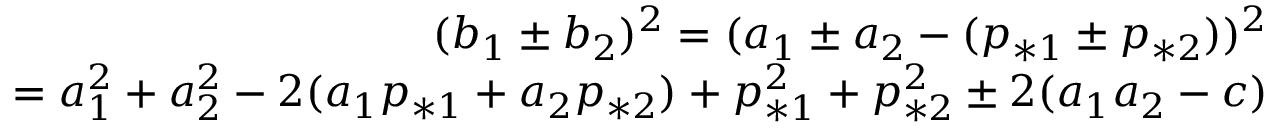
\begin{array} { r } { ( b _ { 1 } \pm b _ { 2 } ) ^ { 2 } = ( a _ { 1 } \pm a _ { 2 } - ( p _ { * 1 } \pm p _ { * 2 } ) ) ^ { 2 } } \\ { = a _ { 1 } ^ { 2 } + a _ { 2 } ^ { 2 } - 2 ( a _ { 1 } p _ { * 1 } + a _ { 2 } p _ { * 2 } ) + p _ { * 1 } ^ { 2 } + p _ { * 2 } ^ { 2 } \pm 2 ( a _ { 1 } a _ { 2 } - c ) } \end{array}